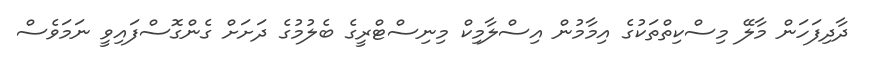
ދާދިފަހަން މާލޭ މިސްކިތްތަކުގެ އިމާމުން އިސްލާމިކް މިނިސްޓްރީގެ ބެލުމުގެ ދަށަށް ގެންގޮސްފައިވީ ނަމަވެސް